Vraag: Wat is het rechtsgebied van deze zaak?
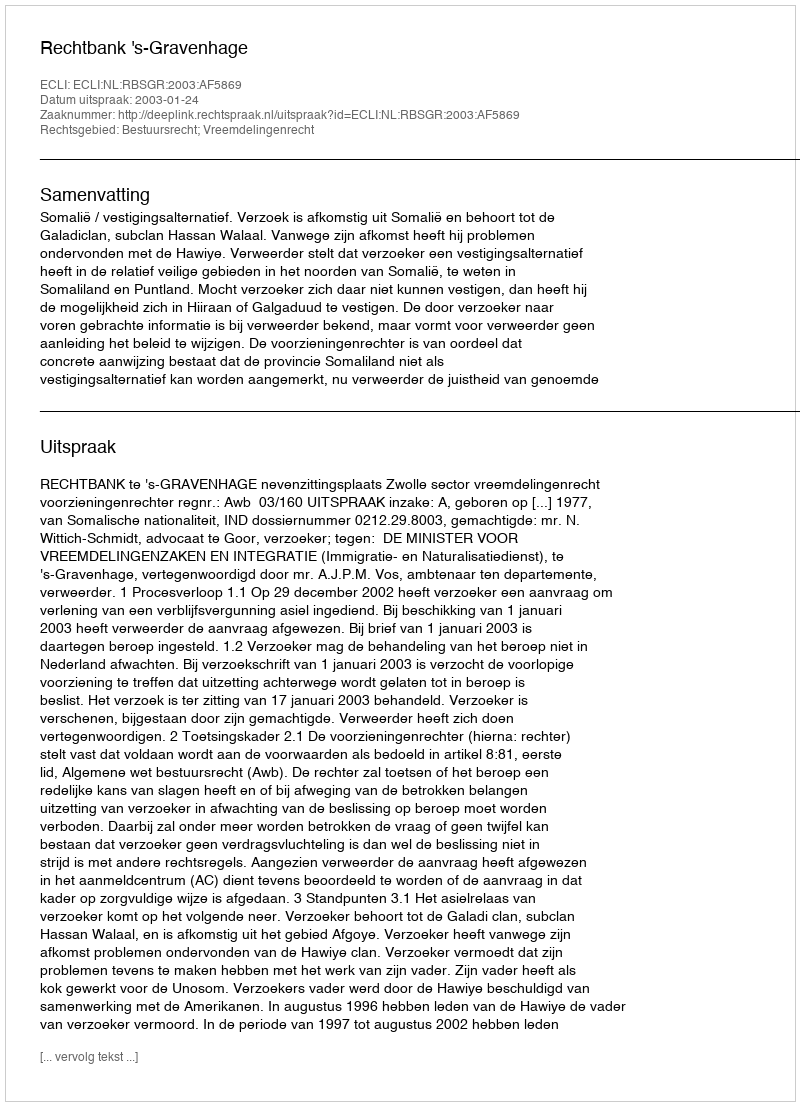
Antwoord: Bestuursrecht; Vreemdelingenrecht